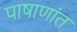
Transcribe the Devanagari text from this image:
पाषाणांत